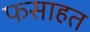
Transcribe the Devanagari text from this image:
फसाहत